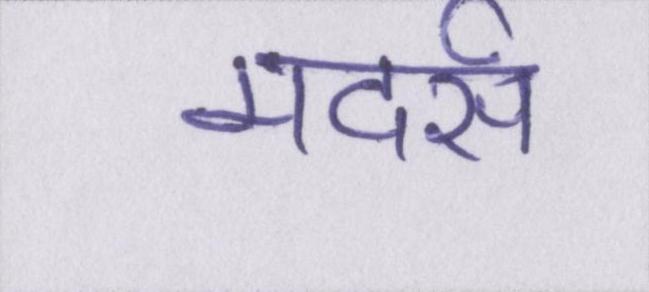
मदर्स